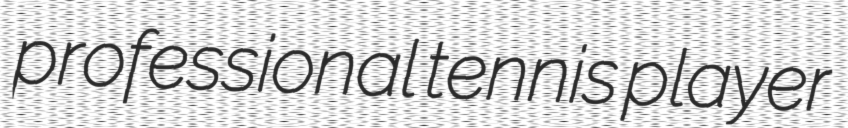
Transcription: professional tennis player